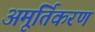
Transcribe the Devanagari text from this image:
अमूर्तिकरण